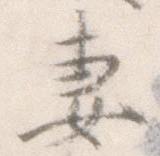
妻